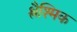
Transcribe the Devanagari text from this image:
श्लैश्मिक